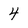
Character: 4